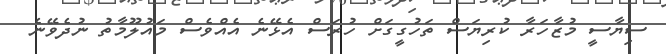
ސިޔާސީ މުޒާހަރާ ކުރިޔަސް ތަހުގީގަށް ހުރަސް އެޅޭނެ އެއްވެސް މައުލޫމާތު ނުދެވޭނެ